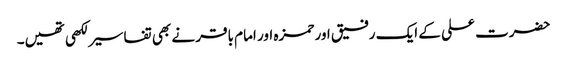
حضرت علی کے ایک رفیق اور حمزہ اور امام باقر نے بھی تفاسیر لکھی تھیں۔